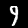
Digit: 9